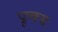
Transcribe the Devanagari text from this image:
प्रूल्क्स